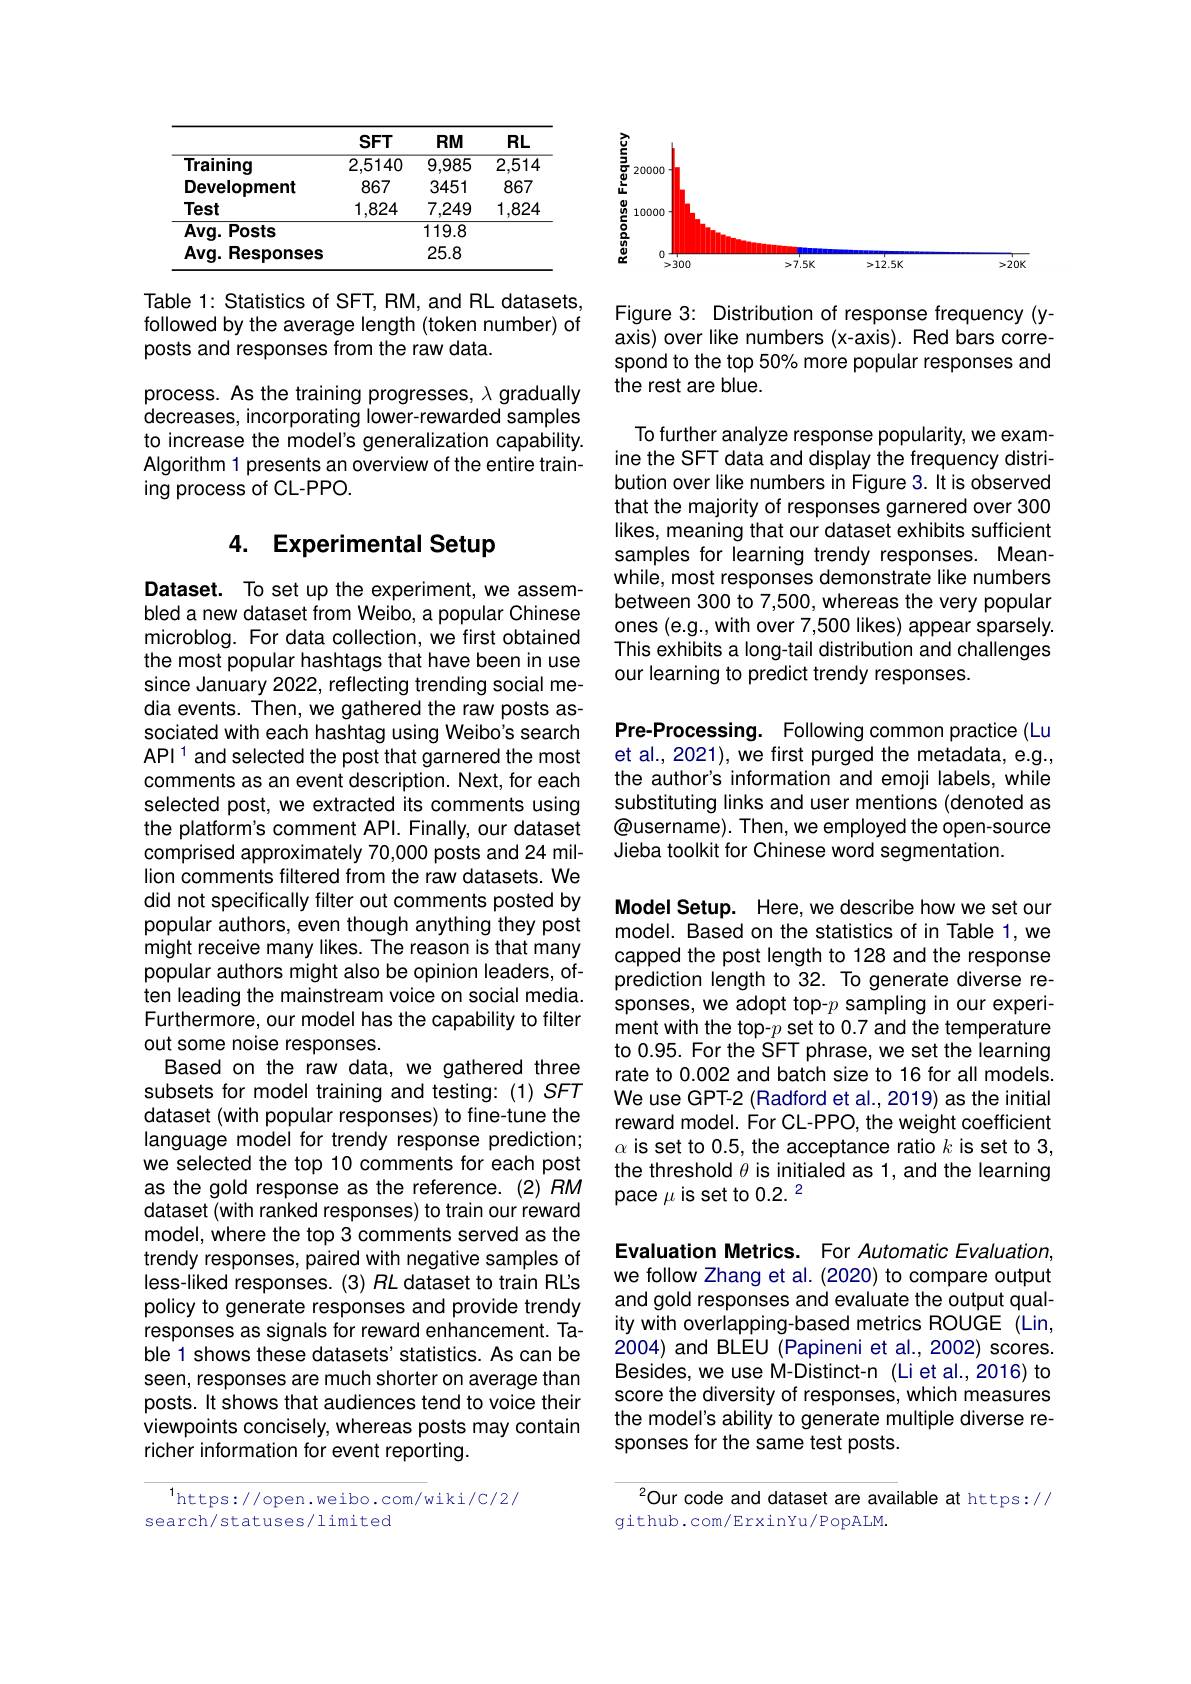
<table>
	<tbody>
		<tr>
			<th> </th>
			<th>$SFT$</th>
			<th>RM</th>
			<th>RL</th>
		</tr>
		<tr>
			<td>Training</td>
			<td>2,5140</td>
			<td>9,985</td>
			<td>$\overline{2,514}$</td>
		</tr>
		<tr>
			<td>Development</td>
			<td>867</td>
			<td>3451</td>
			<td>867</td>
		</tr>
		<tr>
			<td>Test</td>
			<td>1,824</td>
			<td>7,249</td>
			<td>1, .824</td>
		</tr>
		<tr>
			<td>Avg. Posts</td>
			<td> </td>
			<td>119.8</td>
			<td> </td>
		</tr>
		<tr>
			<td>$Avg.$ Responses</td>
			<td> </td>
			<td>25.8</td>
			<td> </td>
		</tr>
	</tbody>
</table>

Table 1: Statistics of SFT, RM, and RL datasets, followed by the average length (token number) of posts and responses from the raw data.

process. As the training progresses, $\lambda$ gradually decreases, incorporating lower-rewarded samples to increase the model's generalization capability. Algorithm 1 presents an overview of the entire training process of CL-PPO.

# 4. Experimental Setup

Dataset. To set up the experiment, we assembled a new dataset from Weibo, a popular Chinese microblog. For data collection, we first obtained the most popular hashtags that have been in use since January 2022, reflecting trending social media events. Then, we gathered the raw posts associated with each hashtag using Weibo's search APl $^1$ and selected the post that garnered the most comments as an event description. Next, for each selected post, we extracted its comments using the platform's comment API. Finally, our dataset comprised approximately 70,000 posts and 24 million comments filtered from the raw datasets. We did not specifically filter out comments posted by popular authors, even though anything they post might receive many likes. The reason is that many popular authors might also be opinion leaders, often leading the mainstream voice on social media. Furthermore, our model has the capability to filter out some noise responses.
Based on the raw data, we gathered three subsets for model training and testing: (1) SFT dataset (with popular responses) to fine-tune the language model for trendy response prediction; we selected the top 10 comments for each post as the gold response as the reference. (2)'RM dataset (with ranked responses) to train our reward model, where the top 3 comments served as the trendy responses, paired with negative samples of less-liked responses. (3) RL dataset to train RL's policy to generate responses and provide trendy responses as signals for reward enhancement. Table 1 shows these datasets' statistics. As can be seen, responses are much shorter on average than posts. It shows that audiences tend to voice their viewpoints concisely, whereas posts may contain richer information for event reporting.

$^{1}$https://open.weibo.com/wiki/C/2/
search/statuses/limited

<FigureHere>

Figure 3: Distribution of response frequency(yaxis) over like numbers (x-axis). Red bars correspond to the top 50% more popular responses and the rest are blue.

To further analyze response popularity, we examine the SFT data and display the frequency distribution over like numbers in Figure 3. It is observed that the majority of responses garnered over 300 likes, meaning that our dataset exhibits sufficient samples for learning trendy responses. Meanwhile, most responses demonstrate like numbers between 300 to 7,500, whereas the very popular ones (e.g., with over 7,500 likes) appear sparsely. This exhibits a long-tail distribution and challenges our learning to predict trendy responses.

Pre-Processing. Following common practice (Lu et al., 2021), we first purged the metadata, e.g., the author's information and emoji labels, while substituting links and user mentions (denoted as @username). Then, we employed the open-source Jieba toolkit for Chinese word segmentation.

Model Setup. Here, we describe how we set our model. Based on the statistics of in Table 1,we capped the post length to 128 and the response prediction length to 32. To generate diverse responses, we adopt top-p sampling in our experiment with the top-p set to 0.7 and the temperature to 0.95. For the SFT phrase, we set the learning rate to 0.002 and batch size to 16 for all models. We use GPT-2 (Radford et al., 2019) as the initial reward model. For CL-PPO, the weight coefficient $\alpha$ is set to 0.5, the acceptance ratio $k$ is set to 3, the threshold $\theta$ is initialed as 1, and the learning pace $\mu$ is set to 0.2.$^2$

Evaluation Metrics. For Automatic Evaluation we follow Zhang et al. (2020) to compare output and gold responses and evaluate the output quality with overlapping-based metrics ROUGE (Lin, 2004) and BLEU (Papineni et al., 2002) scores. Besides, we use M-Distinct-n (Liet al.,2016) to score the diversity of responses, which measures the model's ability to generate multiple diverse responses for the same test posts.

$^{2}$Our code and dataset are available at https://
github.com/ErxinYu/PopALM.